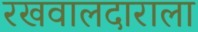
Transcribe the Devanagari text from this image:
रखवालदाराला